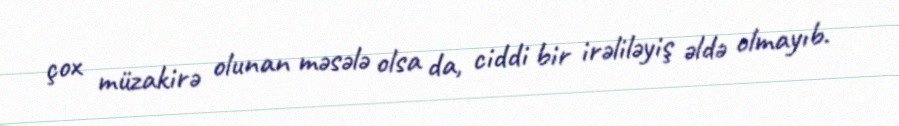
çox müzakirə olunan məsələ olsa da, ciddi bir irəliləyiş əldə olmayıb.